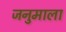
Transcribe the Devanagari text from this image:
जनुमाला